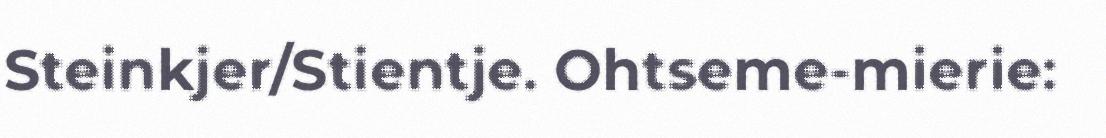
Steinkjer/Stientje. Ohtseme-mierie: